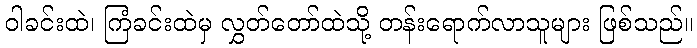
ဝါခင်းထဲ၊ ကြံခင်းထဲမှ လွှတ်တော်ထဲသို့ တန်းရောက်လာသူများ ဖြစ်သည်။